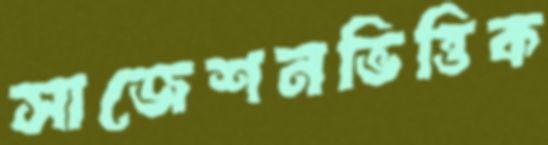
সাজেশনভিত্তিক